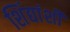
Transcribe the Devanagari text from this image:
शिंद्यांशी